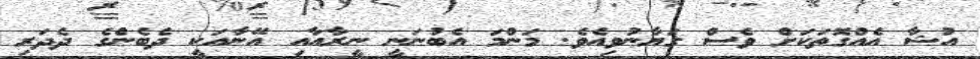
އުޝާ އެއްގޮތަކަށް ވެސް ގަޔާނުވިއެވެ. މަންމަ އެބުނަނީ ނީރާއާއި އޭނާއަކީ ދެބެންގެ ދެދަރި